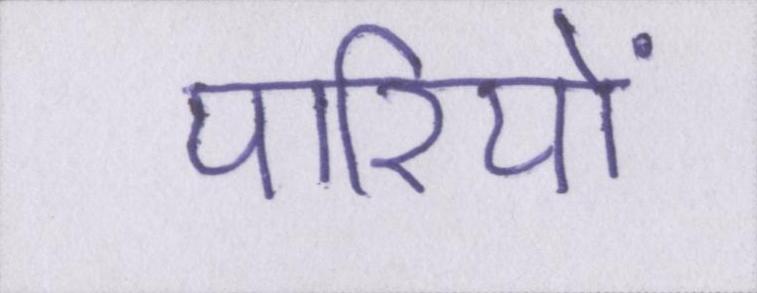
पारियों